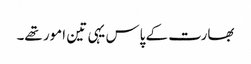
بھارت کے پاس یہی تین امور تھے۔